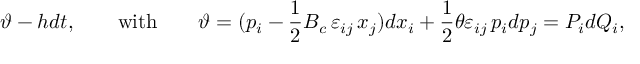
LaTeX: \vartheta - h d t , \qquad \mathrm { w i t h } \qquad \vartheta = ( p _ { i } - \frac { 1 } { 2 } { B _ { c } } \, \varepsilon _ { i j } \, x _ { j } ) d x _ { i } + \frac { 1 } { 2 } \theta \varepsilon _ { i j } \, p _ { i } d p _ { j } = P _ { i } d Q _ { i } ,